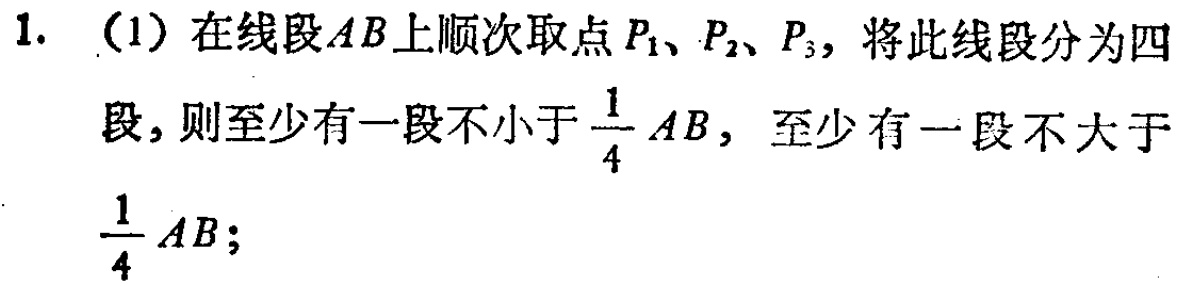
1. （1）在线段\(AB\)上顺次取点\(P_1\)、\(P_2\)、\(P_3\)，将此线段分为四段，则至少有一段不小于\(\frac{1}{4}AB\)，至少有一段不大于\(\frac{1}{4}AB\)；